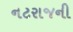
નટરાજની